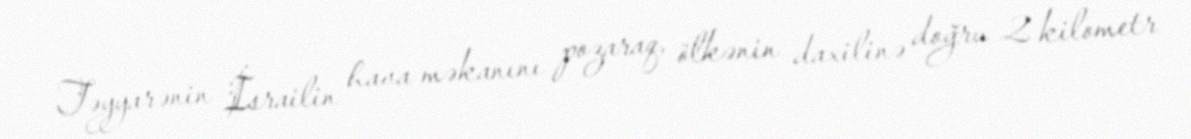
Təyyarənin İsrailin hava məkanını pozaraq, ölkənin daxilinə doğru 2 kilometr